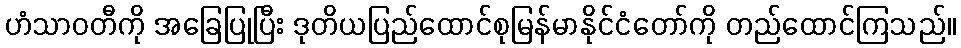
ဟံသာဝတီကို အခြေပြုပြီး ဒုတိယပြည်ထောင်စုမြန်မာနိုင်ငံတော်ကို တည်ထောင်ကြသည်။